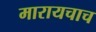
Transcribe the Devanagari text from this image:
मारायचाच